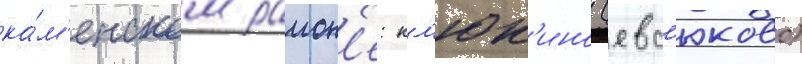
ка́м'енском раион'е: кл'юк'ино (евс'юково)